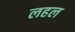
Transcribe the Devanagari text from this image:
लहल